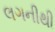
લગનીથી